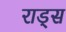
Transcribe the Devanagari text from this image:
राड्स